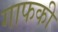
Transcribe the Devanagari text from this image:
गाफकी